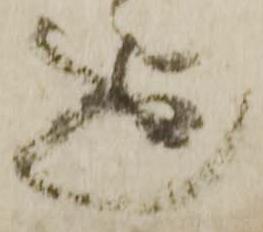
迄